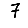
Digit: 7